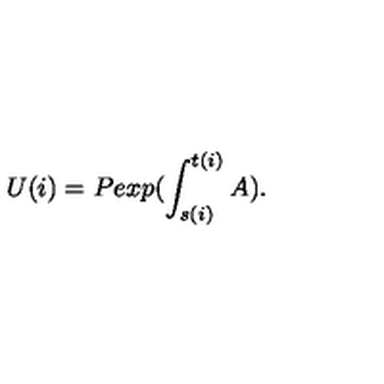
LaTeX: U ( i ) = P e x p ( \int _ { s ( i ) } ^ { t ( i ) } A ) .